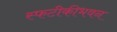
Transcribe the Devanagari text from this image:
स्फटीकीभवन